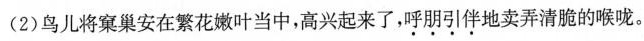
(2)鸟儿将窠巢安在繁花嫩叶当中，高兴起来了，呼朋引伴地卖弄清脆的喉咙。